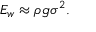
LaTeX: E _ { w } \approx \rho g \sigma ^ { 2 } .